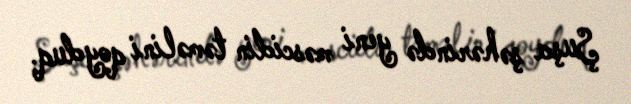
Şuşa şəhərində yeni məscidin təməlini qoyduq.